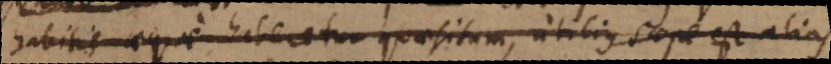
habitis aeque haberetur quaesitum, utilius saepe est alias